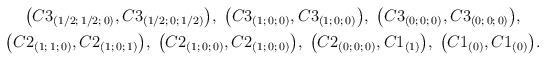
LaTeX: \begin{align*}\begin{gathered}\bigl(C3_{(1/2;\,1/2;\,0)},C3_{(1/2;\,0;\,1/2)}\bigr),\;\bigl(C3_{(1;\,0;\,0)},C3_{(1;\,0;\,0)}\bigr),\;\bigl(C3_{(0;\,0;\,0)},C3_{(0;\,0;\,0)}\bigr),\\\bigl(C2_{(1;\,1;\,0)},C2_{(1;\,0;\,1)}\bigr),\;\bigl(C2_{(1;\,0;\,0)},C2_{(1;\,0;\,0)}\bigr),\;\bigl(C2_{(0;\,0;\,0)},C1_{(1)}\bigr),\;\bigl(C1_{(0)},C1_{(0)}\bigr).\end{gathered}\end{align*}